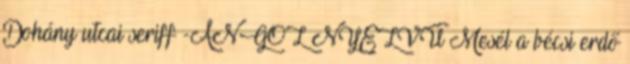
Dohány utcai seriff -ANGOL NYELVŰ Mesél a bécsi erdő